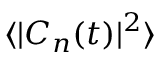
\langle | C _ { n } ( t ) | ^ { 2 } \rangle